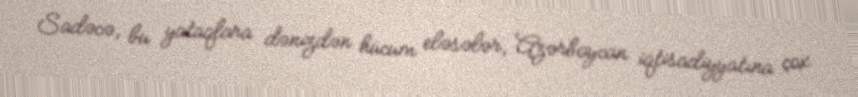
Sadəcə, bu yataqlara dənizdən hücum eləsələr, Azərbaycan iqtisadiyyatına çox